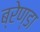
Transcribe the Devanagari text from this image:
ब्रेण्डा